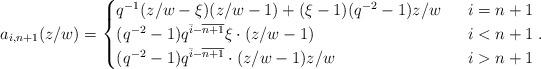
LaTeX: \begin{align*} a_{i,n+1}(z/w)= \begin{cases} q^{-1}(z/w-\xi)(z/w-1)+(\xi-1)(q^{-2}-1)z/w &\ \ i=n+1\\ (q^{-2}-1) q^{\bar{i}-\overline{n+1}}\xi \cdot (z/w-1) &\ \ i<n+1\\ (q^{-2}-1) q^{\bar{i}-\overline{n+1}}\cdot (z/w-1)z/w &\ \ i>n+1 \end{cases}.\end{align*}